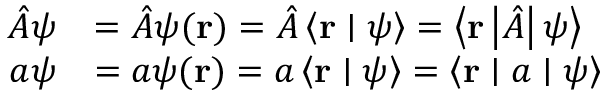
{ \begin{array} { r l } { { \hat { A } } \psi } & { = { \hat { A } } \psi ( \mathbf { r } ) = { \hat { A } } \left\langle \mathbf { r } \mid \psi \right\rangle = \left\langle \mathbf { r } \left\vert { \hat { A } } \right\vert \psi \right\rangle } \\ { a \psi } & { = a \psi ( \mathbf { r } ) = a \left\langle \mathbf { r } \mid \psi \right\rangle = \left\langle \mathbf { r } \mid a \mid \psi \right\rangle } \end{array} }